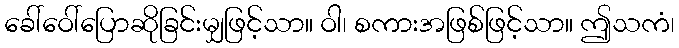
ခေါ်ဝေါ်ပြောဆိုခြင်းမျှဖြင့်သာ။ ဝါ၊ စကားအဖြစ်ဖြင့်သာ။ ဤသကံ၊